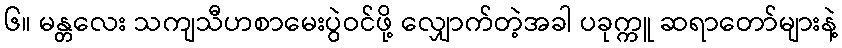
၆။ မန္တလေး သကျသီဟစာမေးပွဲဝင်ဖို့ လျှောက်တဲ့အခါ ပခုက္ကူ ဆရာတော်များနဲ့